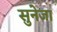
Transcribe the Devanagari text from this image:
सुनेजा